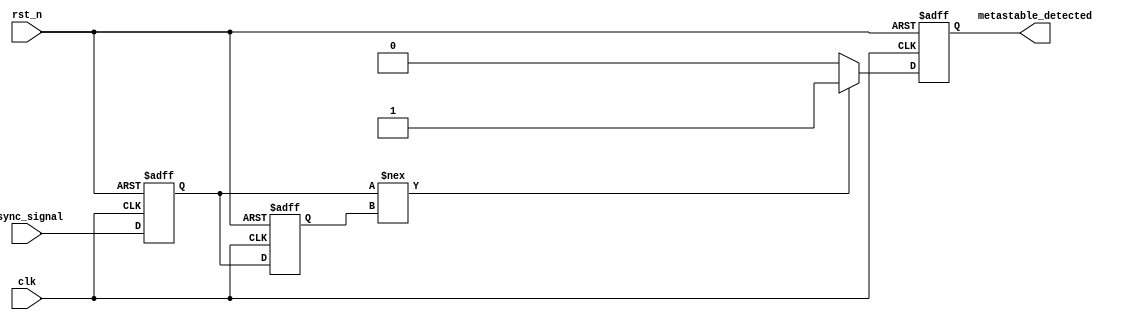
module metastability_detector (
    input wire clk,          // Clock input
    input wire rst_n,       // Active low reset
    input wire async_signal, // Asynchronous input signal
    output reg metastable_detected // Output to indicate metastability
);

    // Latch outputs
    reg latch1, latch2;
    reg latch1_stable, latch2_stable;

    // Memory block - storing the output latched states
    reg [1:0] memory_block [0:3]; // Example: 4 samples of 2 bits (latch outputs)
    integer mem_index;

    // Metastability detection logic
    always @(posedge clk or negedge rst_n) begin
        if (!rst_n) begin
            // Reset logic
            latch1 <= 1'b0;
            latch2 <= 1'b0;
            metastable_detected <= 1'b0;
            mem_index <= 0;
        end else begin
            // Sample the async input signal with latches
            latch1 <= async_signal;            // First latch 
            latch2 <= latch1;                  // Second latch

            // Store the states in the memory block
            memory_block[mem_index] <= {latch1, latch2};

            // Update index for storing samples (circular buffer)
            mem_index <= (mem_index + 1) % 4; // Wrap around after every 4 samples

            // Detect metastability
            if (latch1 !== latch2) begin
                metastable_detected <= 1'b1; // Metastable condition detected
            end else begin
                metastable_detected <= 1'b0; // No metastable condition
            end
        end
    end
endmodule